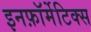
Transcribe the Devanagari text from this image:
इनफ़ॉर्मेटिक्स